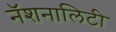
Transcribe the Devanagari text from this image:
नॅशनालिटी